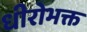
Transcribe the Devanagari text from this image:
धीरोभक्त